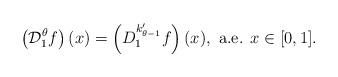
LaTeX: \begin{align*}\left(\mathcal{D}_1^\theta f\right)(x)=\left(D_1^{k'_{\theta-1}}f\right)(x), \mbox{ a.e. } x\in [0,1].\end{align*}